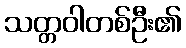
သတ္တဝါတစ်ဦး၏